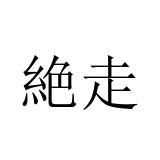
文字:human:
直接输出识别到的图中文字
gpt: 絶走